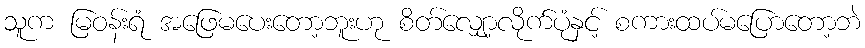
သူက မြဝန်းရံ အဖြေမပေးတော့ဘူးဟု စိတ်လျှော့လိုက်ပုံနှင့် စကားထပ်မပြောတော့ဘဲ